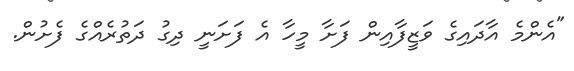
"އެންމެ އާދައިގެ ވަޒީފާއިން ފަށާ މީހާ އެ ފަށަނީ ދިގު ދަތުރެއްގެ ފެށުން.